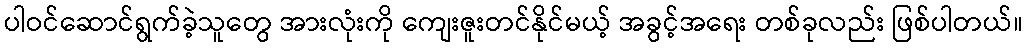
ပါဝင်ဆောင်ရွက်ခဲ့သူတွေ အားလုံးကို ကျေးဇူးတင်နိုင်မယ့် အခွင့်အရေး တစ်ခုလည်း ဖြစ်ပါတယ်။